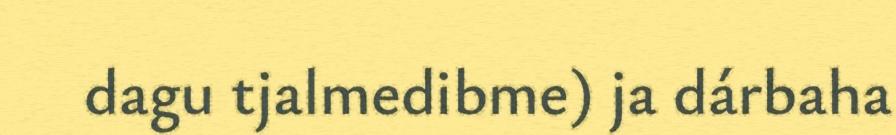
dagu tjalmedibme) ja dárbaha